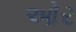
ઓર